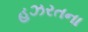
હઝરતના